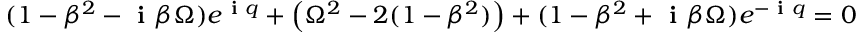
( 1 - \beta ^ { 2 } - \textbf { i } \beta \Omega ) e ^ { \textbf { i } q } + \left( \Omega ^ { 2 } - 2 ( 1 - \beta ^ { 2 } ) \right) + ( 1 - \beta ^ { 2 } + \textbf { i } \beta \Omega ) e ^ { - \textbf { i } q } = 0